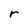
Character: r